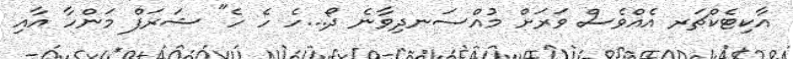
އާކިޓެކްޗަރ އެއްވެސް ވަރަށް މުއްސަނދިވާނެ ދޯ...ހެ ހެ ހެ" ޝަރަފް މަންހާ އާއި